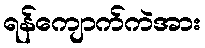
ရန်ကျောက်ကဲအား